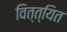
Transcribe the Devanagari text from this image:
वित्त्यित